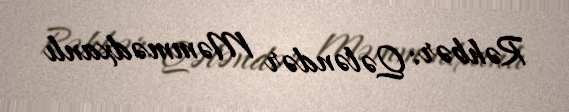
Rəhbər: Qələndər Məmmədxanlı